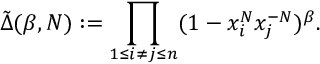
\tilde { \Delta } ( \beta , N ) : = \prod _ { 1 \leq i \neq j \leq n } ( 1 - x _ { i } ^ { N } x _ { j } ^ { - N } ) ^ { \beta } .